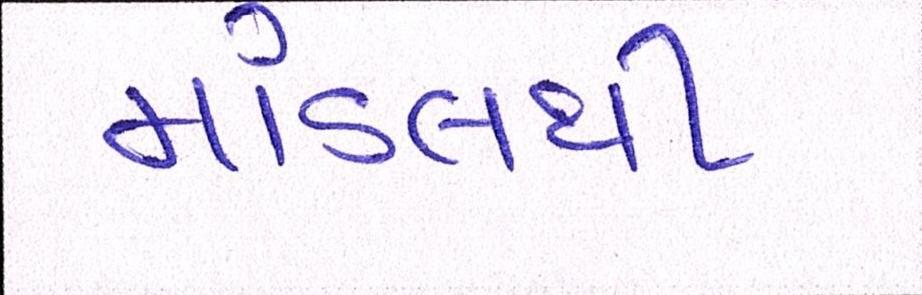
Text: માંડલથી